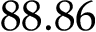
8 8 . 8 6